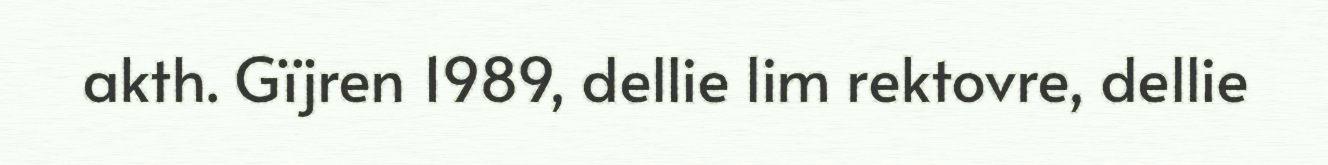
akth. Gïjren 1989, dellie lim rektovre, dellie